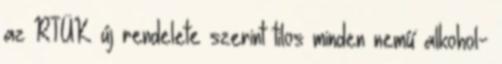
az RTÜK új rendelete szerint tilos minden nemű alkohol-